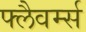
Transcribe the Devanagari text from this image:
फ्लैवर्म्स